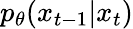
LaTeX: p_{\theta}(x_{t-1}|x_{t})